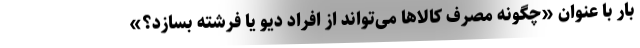
بار با عنوان «چگونه مصرف کالاها می‌تواند از افراد دیو یا فرشته بسازد؟»